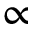
\propto